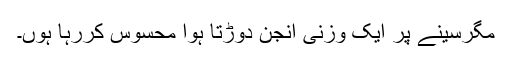
مگرسینے پر ایک وزنی انجن دوڑتا ہوا محسوس کررہا ہوں۔